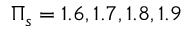
\Pi _ { s } = 1 . 6 , 1 . 7 , 1 . 8 , 1 . 9